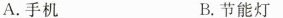
A. 手机 B. 节能灯